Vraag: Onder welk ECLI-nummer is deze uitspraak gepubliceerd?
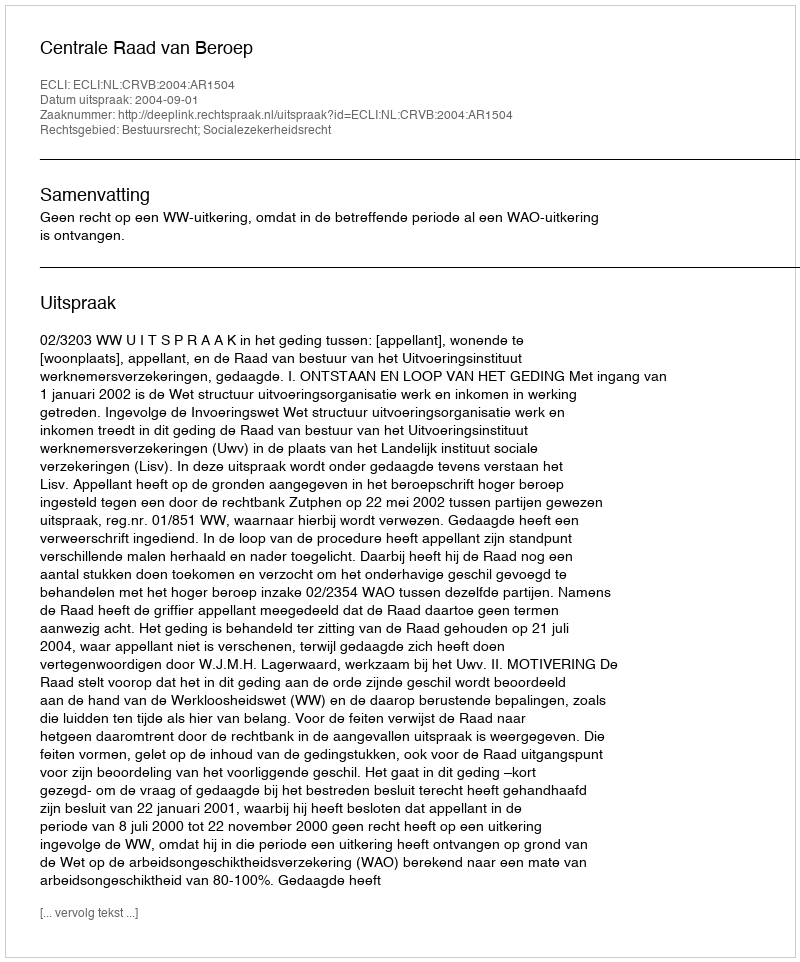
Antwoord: ECLI:NL:CRVB:2004:AR1504